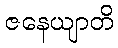
ဇနေယျာတိ